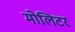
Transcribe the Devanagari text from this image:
मोलिटर